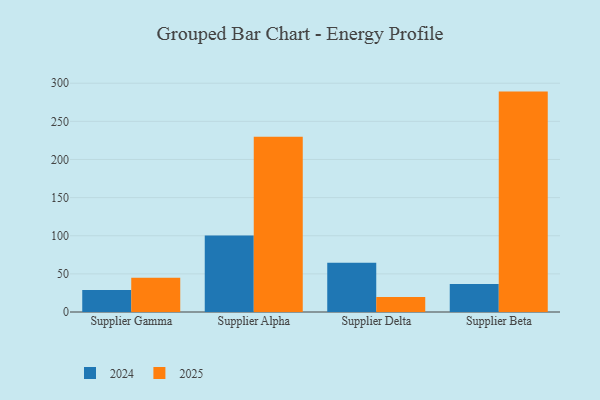
{"axis": {"x": "Supplier", "y": "Market Share (%)"}, "legend": ["2024", "2025"], "data": [{"x": "Supplier Gamma", "y": 28.9, "type": "2024"}, {"x": "Supplier Gamma", "y": 44.9, "type": "2025"}, {"x": "Supplier Alpha", "y": 100.2, "type": "2024"}, {"x": "Supplier Alpha", "y": 229.8, "type": "2025"}, {"x": "Supplier Delta", "y": 64.6, "type": "2024"}, {"x": "Supplier Delta", "y": 19.7, "type": "2025"}, {"x": "Supplier Beta", "y": 36.8, "type": "2024"}, {"x": "Supplier Beta", "y": 289.0, "type": "2025"}]}